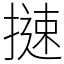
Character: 𢳪